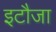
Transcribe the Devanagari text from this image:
इटौजा